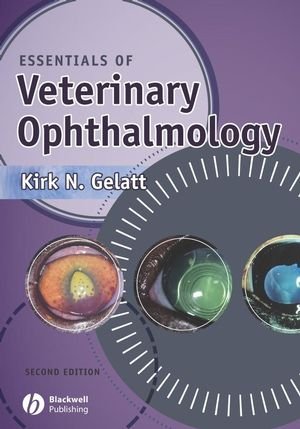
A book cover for Essentials of Veterinary Ophthalmology; Medical Books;